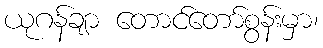
ယုဂန်ချာ တောင်တော်စွန်းမှာ၊